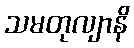
သမတုလျာနိ